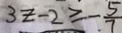
3 z - 2 \geq - \frac { 5 } { 7 }